Lunatic asylums Central Provinces reports 1910-1926 - 1910-1926
Year: 1910
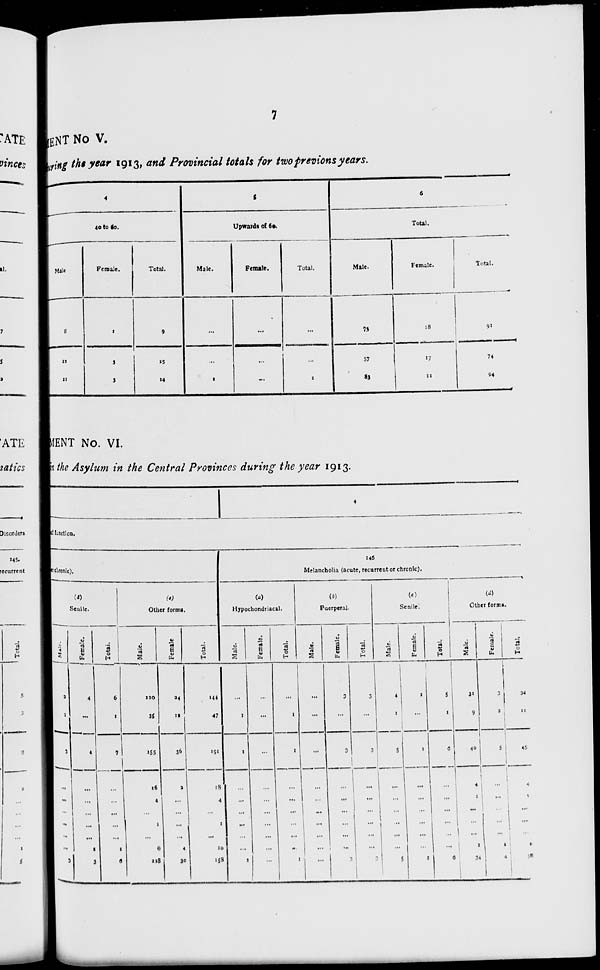
7
MENT No V.
during the year 1913, and Provincial totals for two previous years.
4
40 to 60.
Male.
8
12
11
Female.
1
3
3
Total.
9
15
14
5
Upwards of 60.
Male.
...
...
1
Female.
...
...
...
Total.
...
...
1
6
Total.
Male.
73
57
83
Female.
18
17
11
Total.
91
74
94
MENT No. VI.
in the Asylum in the Central Provinces during the year 1913.
4
of function.
at chronic).
(d)
Senile.
Male.
2
1
3
...
...
...
...
...
...
3
Female.
4
...
4
...
...
...
...
...
1
3
Total.
6
1
7
...
...
...
...
...
1
6
(e)
Other forms.
Male.
120
35
155
16
4
...
1
...
6
128
Female.
24
12
36
2
...
...
...
...
4
30
Total.
144
47
191
18
4
...
1
...
10
158
146
Melancholia (acute, recurrent or chronic).
(a)
Hypochondriacal.
Male.
...
1
1
...
...
...
...
...
...
1
Female.
...
...
...
...
...
...
...
...
...
...
Total.
...
1
1
...
...
...
...
...
...
1
(b)
Puerperal.
Male.
...
...
...
...
...
...
...
...
...
...
Female.
3
...
3
...
...
...
...
...
...
3
Total.
3
...
3
...
...
...
...
...
...
3
(c)
Senile.
Male.
4
1
5
...
...
...
...
...
...
5
Female.
1
...
1
...
...
...
...
...
...
1
Total.
5
1
6
...
...
...
...
...
...
6
(d)
Other forms.
Male.
31
9
40
4
1
...
...
...
1
34
Female.
3
2
5
...
...
...
...
...
1
4
Total.
34
11
45
4
1
...
...
...
2
38